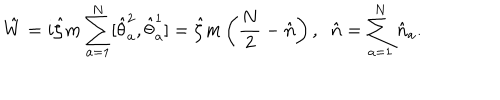
\hat { W } = i \hat { \zeta } m \sum _ { a = 1 } ^ { N } [ \hat { \theta } _ { a } ^ { 2 } , \hat { \theta } _ { a } ^ { 1 } ] = \hat { \zeta } m \left( \frac { N } { 2 } - \hat { n } \right) , \; \; \hat { n } = \sum _ { a = 1 } ^ { N } \hat { n } _ { a } .